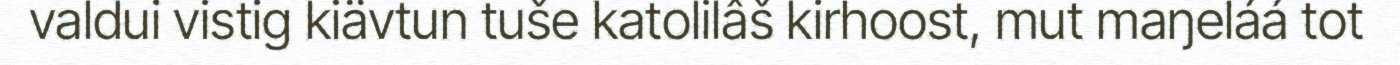
valdui vistig kiävtun tuše katolilâš kirhoost, mut maŋeláá tot